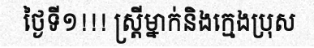
ថ្ងៃទី១!!! ស្ត្រីម្នាក់និងក្មេងប្រុស